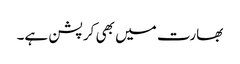
بھارت میں بھی کرپشن ہے۔